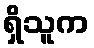
ရှိသူက